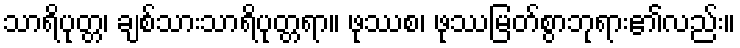
သာရိပုတ္တ၊ ချစ်သားသာရိပုတ္တရာ။ ဖုဿစ၊ ဖုဿမြတ်စွာဘုရား၏လည်း။